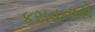
કરાવનારો